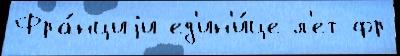
Фра́нциjи ед'ин'и́це л'ет фр